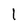
Character: l